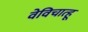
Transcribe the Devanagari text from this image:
वेविचात्हू